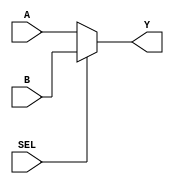
module mux_2x32(
	input SEL,
   input [31:0] A,
   input [31:0] B,
   output [31:0] Y
); 

assign Y = (SEL) ? B : A;

endmodule